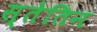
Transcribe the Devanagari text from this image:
स्तेतिन